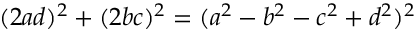
( 2 a d ) ^ { 2 } + ( 2 b c ) ^ { 2 } = ( a ^ { 2 } - b ^ { 2 } - c ^ { 2 } + d ^ { 2 } ) ^ { 2 }